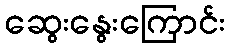
ဆွေးနွေးကြောင်း